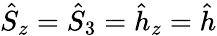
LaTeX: \hat{S}_{z}=\hat{S}_{3}=\hat{h}_{z}=\hat{h}